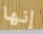
إنها